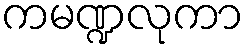
ကမဏ္ဍလုကာ